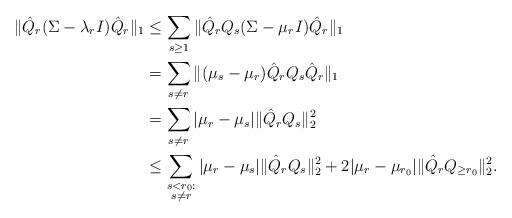
LaTeX: \begin{align*}\|\hat{Q}_r(\Sigma-\lambda_r I)\hat{Q}_r\|_1&\leq \sum_{s\geq 1}\|\hat{Q}_rQ_s(\Sigma-\mu_rI)\hat{Q}_r\|_1\\&=\sum_{s\neq r}\|(\mu_s-\mu_r)\hat{Q}_rQ_s\hat{Q}_r\|_1\\&=\sum_{s\neq r}|\mu_r-\mu_s|\|\hat{Q}_rQ_s\|_2^2\\&\leq \sum_{\substack{s<r_0:\\s\neq r}}|\mu_r-\mu_s|\|\hat{Q}_rQ_s\|_2^2+2|\mu_r-\mu_{r_0}|\|\hat{Q}_rQ_{\geq r_0}\|_2^2.\end{align*}